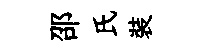
邵氏裝